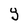
Character: J